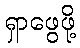
ရှာဖွေဖို့